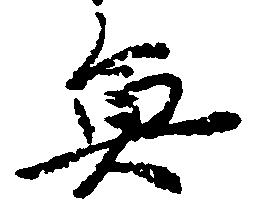
魚